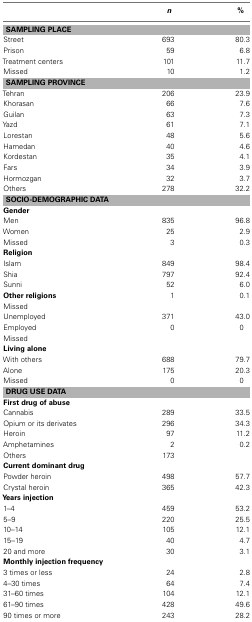
<table><thead><tr><td></td><td><b><i>n</i></b></td><td><b>%</b></td></tr></thead><tbody><tr><td colspan="3"><b>SAMPLING PLACE</b></td></tr><tr><td>Street</td><td>693</td><td>80.3</td></tr><tr><td>Prison</td><td>59</td><td>6.8</td></tr><tr><td>Treatment centers</td><td>101</td><td>11.7</td></tr><tr><td>Missed</td><td>10</td><td>1.2</td></tr><tr><td colspan="3"><b>SAMPLING PROVINCE</b></td></tr><tr><td>Tehran</td><td>206</td><td>23.9</td></tr><tr><td>Khorasan</td><td>66</td><td>7.6</td></tr><tr><td>Guilan</td><td>63</td><td>7.3</td></tr><tr><td>Yazd</td><td>61</td><td>7.1</td></tr><tr><td>Lorestan</td><td>48</td><td>5.6</td></tr><tr><td>Hamedan</td><td>40</td><td>4.6</td></tr><tr><td>Kordestan</td><td>35</td><td>4.1</td></tr><tr><td>Fars</td><td>34</td><td>3.9</td></tr><tr><td>Hormozgan</td><td>32</td><td>3.7</td></tr><tr><td>Others</td><td>278</td><td>32.2</td></tr><tr><td colspan="3"><b>SOCIO-DEMOGRAPHIC DATA</b></td></tr><tr><td><b>Gender</b></td></tr><tr><td>Men</td><td>835</td><td>96.8</td></tr><tr><td>Women</td><td>25</td><td>2.9</td></tr><tr><td>Missed</td><td>3</td><td>0.3</td></tr><tr><td><b>Religion</b></td></tr><tr><td>Islam</td><td>849</td><td>98.4</td></tr><tr><td>Shia</td><td>797</td><td>92.4</td></tr><tr><td>Sunni</td><td>52</td><td>6.0</td></tr><tr><td><b>Other religions</b></td><td>1</td><td>0.1</td></tr><tr><td>Missed</td><td></td><td></td></tr><tr><td>Unemployed</td><td>371</td><td>43.0</td></tr><tr><td>Employed</td><td>0</td><td>0</td></tr><tr><td>Missed</td><td></td><td></td></tr><tr><td><b>Living alone</b></td></tr><tr><td>With others</td><td>688</td><td>79.7</td></tr><tr><td>Alone</td><td>175</td><td>20.3</td></tr><tr><td>Missed</td><td>0</td><td>0</td></tr><tr><td colspan="3"><b>DRUG USE DATA</b></td></tr><tr><td><b>First drug of abuse</b></td></tr><tr><td>Cannabis</td><td>289</td><td>33.5</td></tr><tr><td>Opium or its derivates</td><td>296</td><td>34.3</td></tr><tr><td>Heroin</td><td>97</td><td>11.2</td></tr><tr><td>Amphetamines</td><td>2</td><td>0.2</td></tr><tr><td>Others</td><td>173</td><td></td></tr><tr><td><b>Current dominant drug</b></td></tr><tr><td>Powder heroin</td><td>498</td><td>57.7</td></tr><tr><td>Crystal heroin</td><td>365</td><td>42.3</td></tr><tr><td><b>Years injection</b></td></tr><tr><td>1–4</td><td>459</td><td>53.2</td></tr><tr><td>5–9</td><td>220</td><td>25.5</td></tr><tr><td>10–14</td><td>105</td><td>12.1</td></tr><tr><td>15–19</td><td>40</td><td>4.7</td></tr><tr><td>20 and more</td><td>30</td><td>3.1</td></tr><tr><td><b>Monthly injection frequency</b></td></tr><tr><td>3 times or less</td><td>24</td><td>2.8</td></tr><tr><td>4–30 times</td><td>64</td><td>7.4</td></tr><tr><td>31–60 times</td><td>104</td><td>12.1</td></tr><tr><td>61–90 times</td><td>428</td><td>49.6</td></tr><tr><td>90 times or more</td><td>243</td><td>28.2</td></tr></tbody></table>